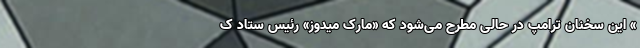
» این سخنان ترامپ در حالی مطرح می‌شود که «مارک میدوز» رئیس ستاد ک